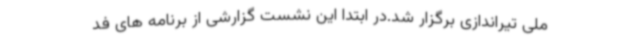
ملی تیراندازی برگزار شد.در ابتدا این نشست گزارشی از برنامه های فد